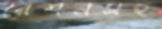
রেশনসহ